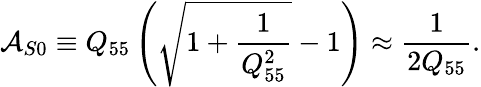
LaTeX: \mathcal{A}_{S0}\equiv Q_{55}\left(\sqrt{1+\frac{1}{Q_{55}^{2}}}-1\right)\approx\frac{1}{2Q_{55}}.